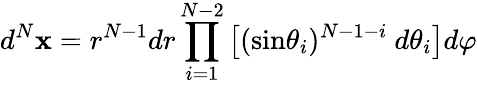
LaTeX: d^{N}\mathbf{x}=r^{N-1}dr\prod_{i=1}^{N-2}\left[(\mathrm{sin}\theta_{i})^{N-1-i}\ d\theta_{i}\right]d\varphi